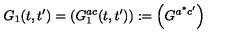
G _ { 1 } ( t , t ^ { \prime } ) = \left( G _ { 1 } ^ { a c } ( t , t ^ { \prime } ) \right) : = \left( G ^ { a ^ { * } c ^ { \prime } } \right)